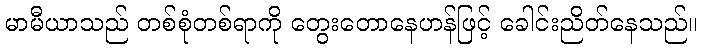
မာမီယာသည် တစ်စုံတစ်ရာကို တွေးတောနေဟန်ဖြင့် ခေါင်းညိတ်နေသည်။